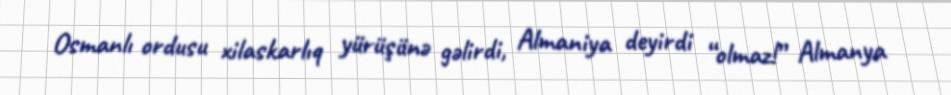
Osmanlı ordusu xilaskarlıq yürüşünə gəlirdi, Almaniya deyirdi “olmaz!” Almanya